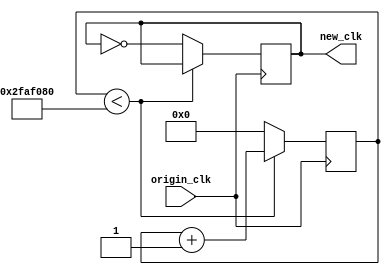
module ClkDiv_500ms(
        input origin_clk,
        output new_clk
    );
    reg [26:0]clkdiv;
    reg [26:0]t1s = 26'd50000000;
    reg new_clk = 1'b0;
    initial clkdiv = 26'b0;
    always @(posedge origin_clk) begin
        if(clkdiv < t1s)
            clkdiv <= clkdiv+1;
        else begin
            clkdiv <= 26'b0;
            new_clk <= ~new_clk;
        end 
    end
endmodule